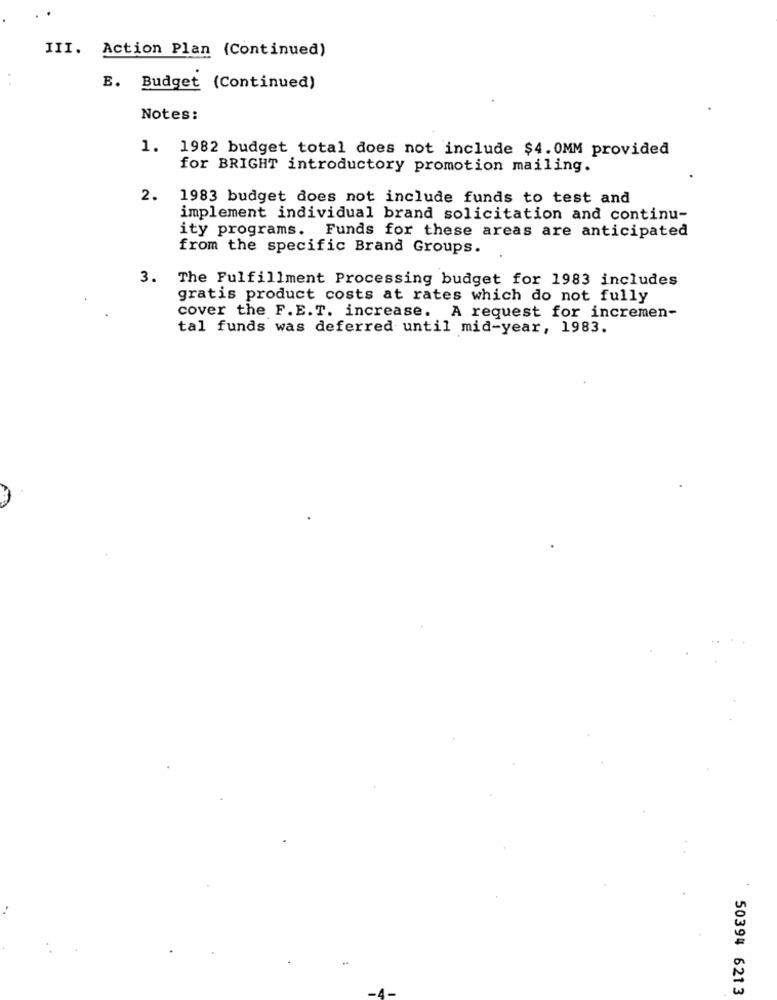
III. Action Plan (Continued)
E. Budget (Continued)
Notes:
1.
1982 budget total does not include $4. 0MM provided
for BRIGHT introductory promotion mailing.
2.
1983 budget does not include funds to test and
implement individual brand solicitation and continu-
ity programs. Funds for these areas are anticipated
from the specific Brand Groups.
3. The Fulfillment Processing budget for 1983 includes
gratis product costs at rates which do not fully
cover the F.E.T. increase. A request for incremen-
tal funds was deferred until mid-year, 1983.
50394 6213